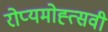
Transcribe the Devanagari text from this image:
रोप्यमोह्त्सवी